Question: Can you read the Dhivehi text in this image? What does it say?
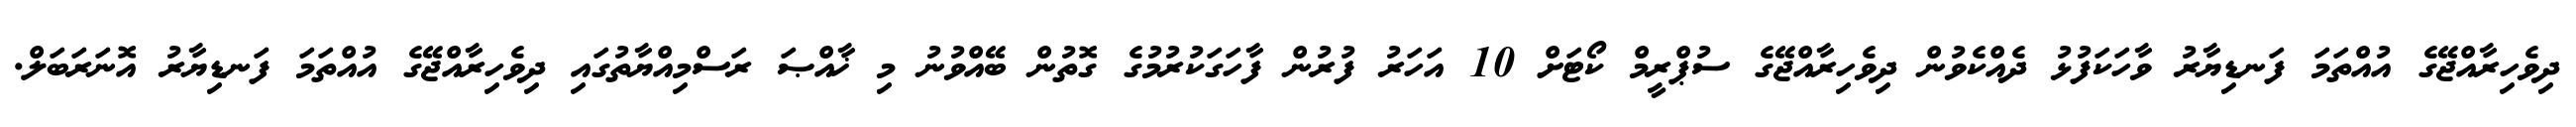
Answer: ދިވެހިރާއްޖޭގެ އުއްތަމަ ފަނޑިޔާރު ވާހަކަފުޅު ދެއްކެވުން ދިވެހިރާއްޖޭގެ ސުޕްރީމް ކޯޓަށް 10 އަހަރު ފުރުން ފާހަގަކުރުމުގެ ގޮތުން ބޭއްވުނު މި ޚާއްޞަ ރަސްމިއްޔާތުގައި ދިވެހިރާއްޖޭގެ އުއްތަމަ ފަނޑިޔާރު އޮނަރަބަލް.